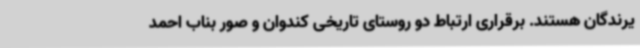
یرندگان هستند. برقراری ارتباط دو روستای تاریخی کندوان و صور بناب احمد